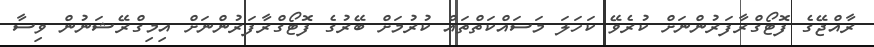
ރާއްޖޭގެ ފޮޓޯގްރާފަރުންނަށް ކުރެވޭ ކަހަލަ މަސައްކަތްތައް ކުރުމަށް ބޭރުގެ ފޮޓޯގްރާފަރުންނަށް އިމިގްރޭޝަނުން ވިސާ